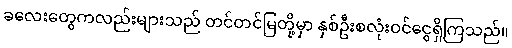
ခလေးတွေကလည်းများသည် တင်တင်မြတို့မှာ နှစ်ဦးစလုံးဝင်ငွေရှိကြသည်။